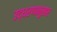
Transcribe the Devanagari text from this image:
उद्धरणानुसार